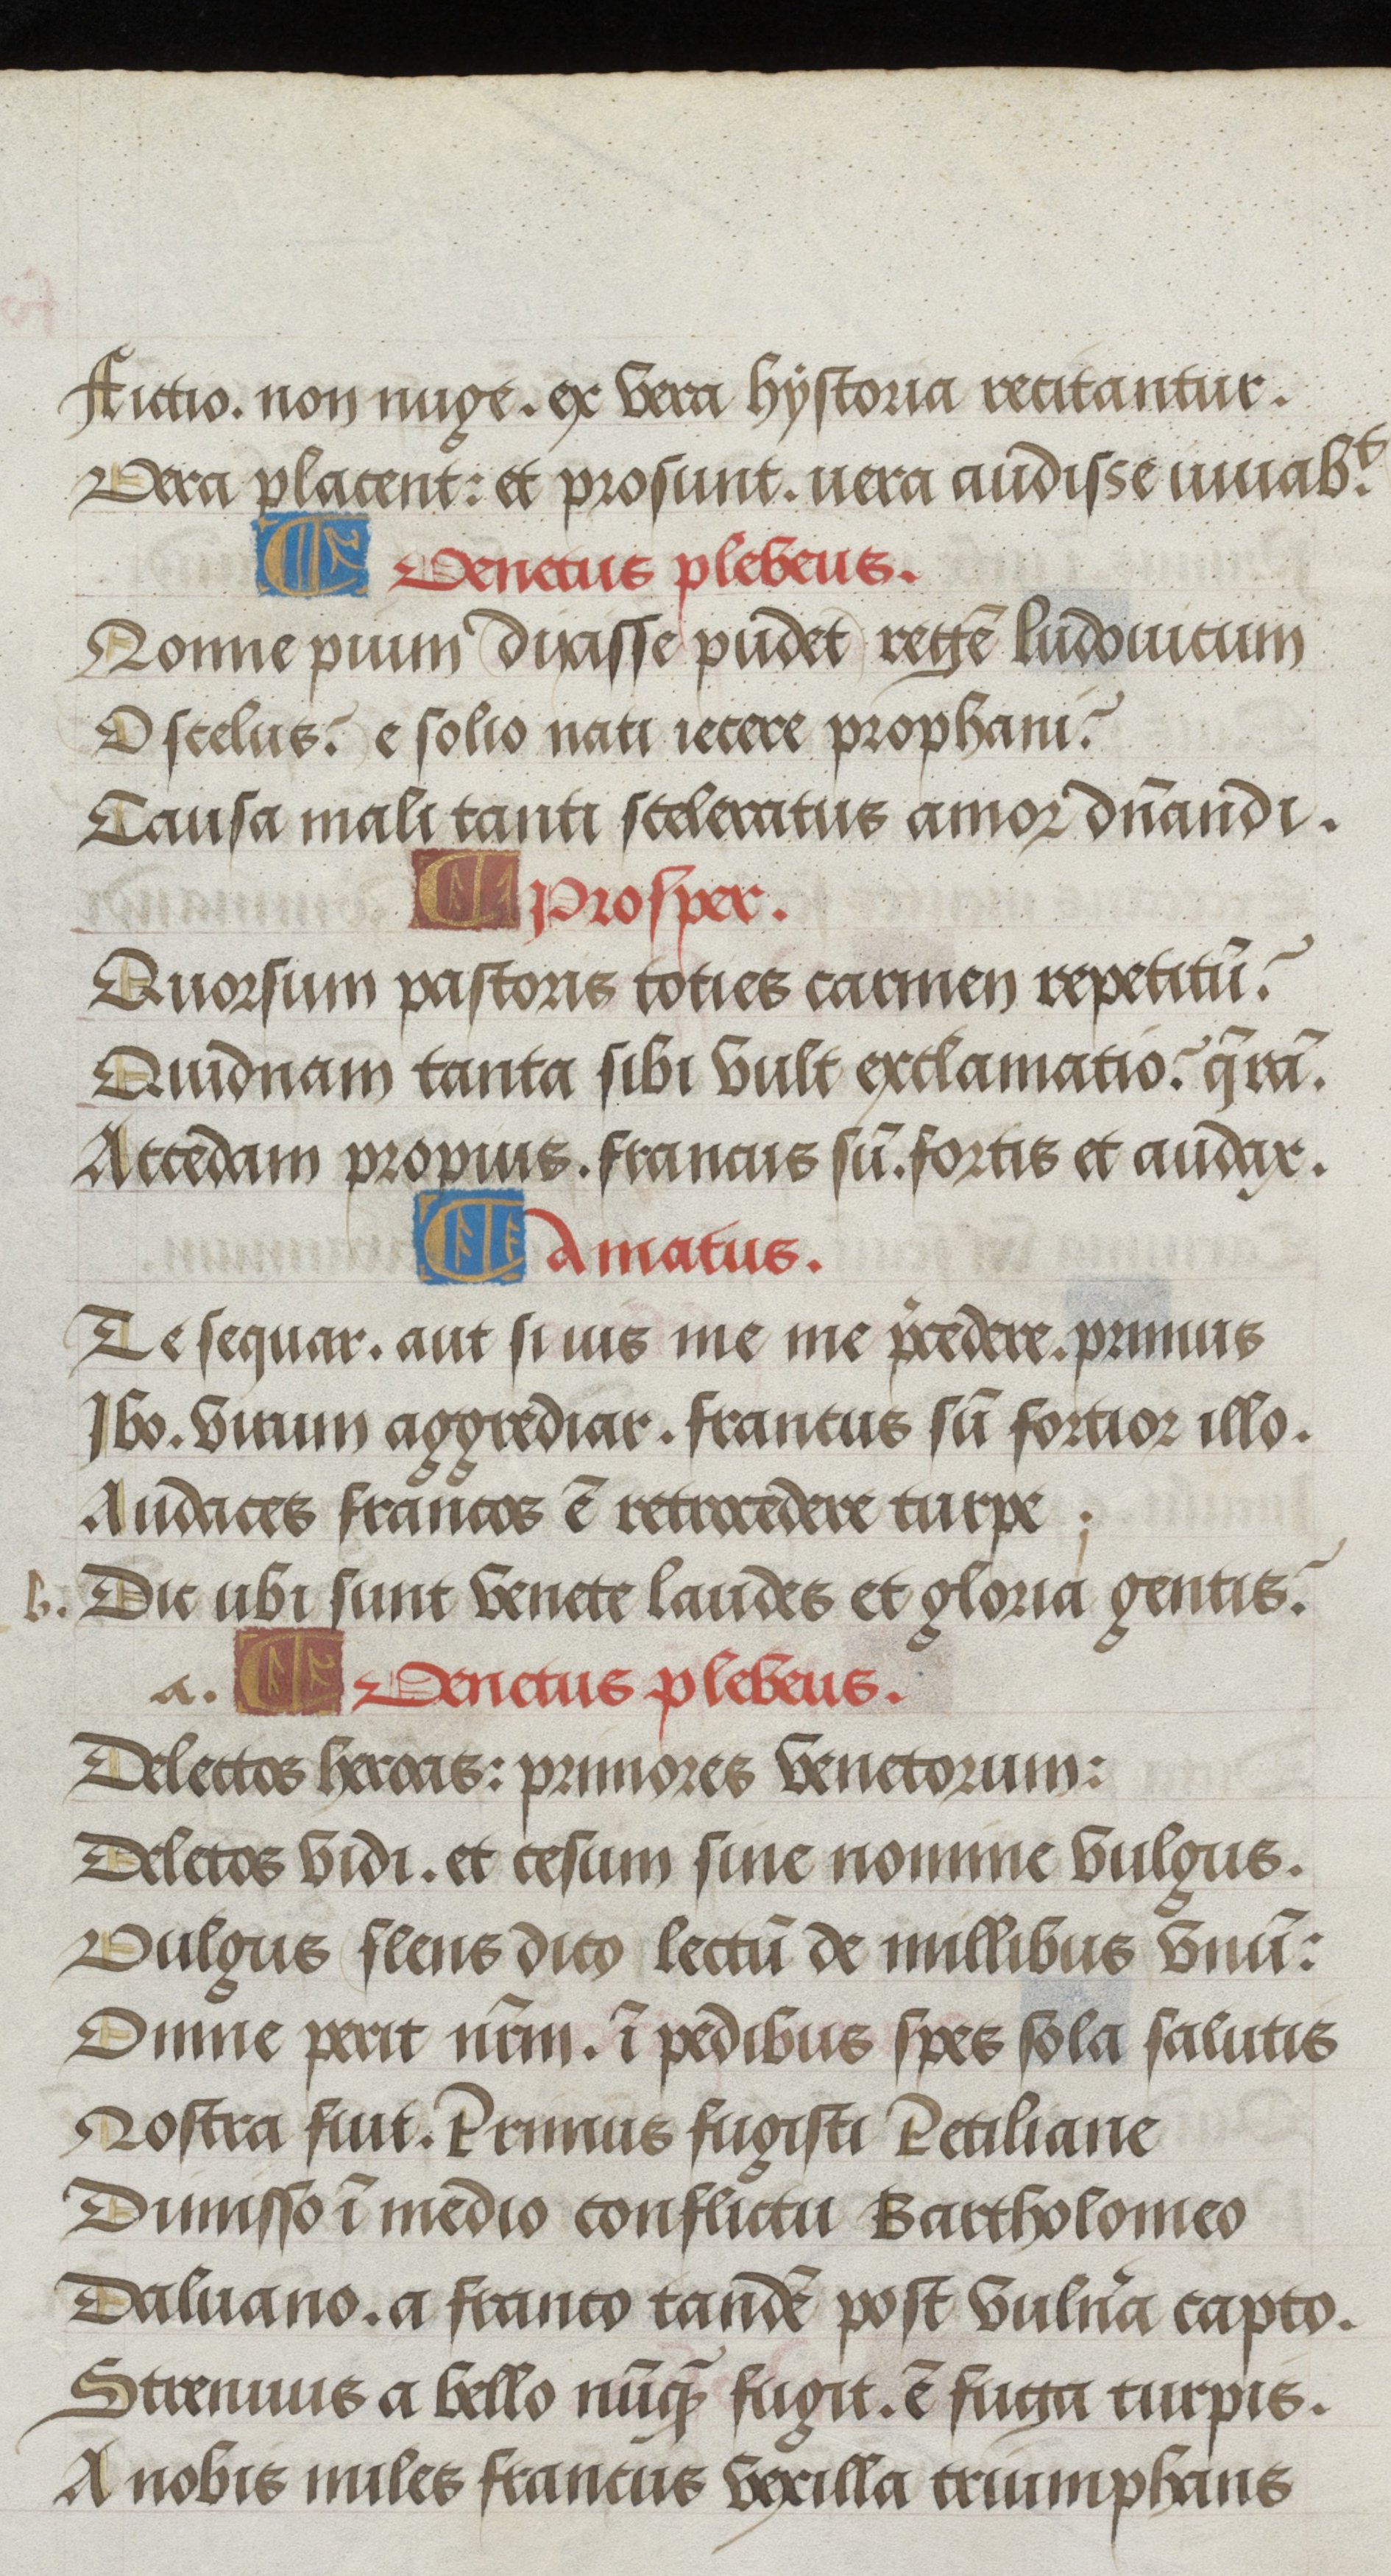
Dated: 1500–1530